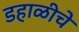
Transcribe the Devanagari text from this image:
डहाळीचे